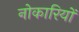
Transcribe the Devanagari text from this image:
नोकारियों